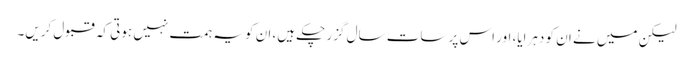
لیکن میں نے ان کو دہرایا، اور اس پر سات سال گزر چکے ہیں، ان کو یہ ہمت نہیں ہوتی کہ قبول کریں۔